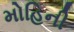
મોહિની